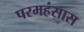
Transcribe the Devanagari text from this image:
परमहंसास